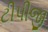
ટીપીજી